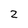
Character: 2